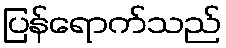
ပြန်ရောက်သည်